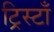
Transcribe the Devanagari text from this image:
ट्रिस्टाँ